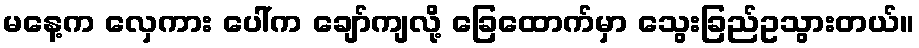
မနေ့က လှေကား ပေါ်က ချော်ကျလို့ ခြေထောက်မှာ သွေးခြည်ဥသွားတယ်။